Scottish Leaving Certificate Examination, 1955
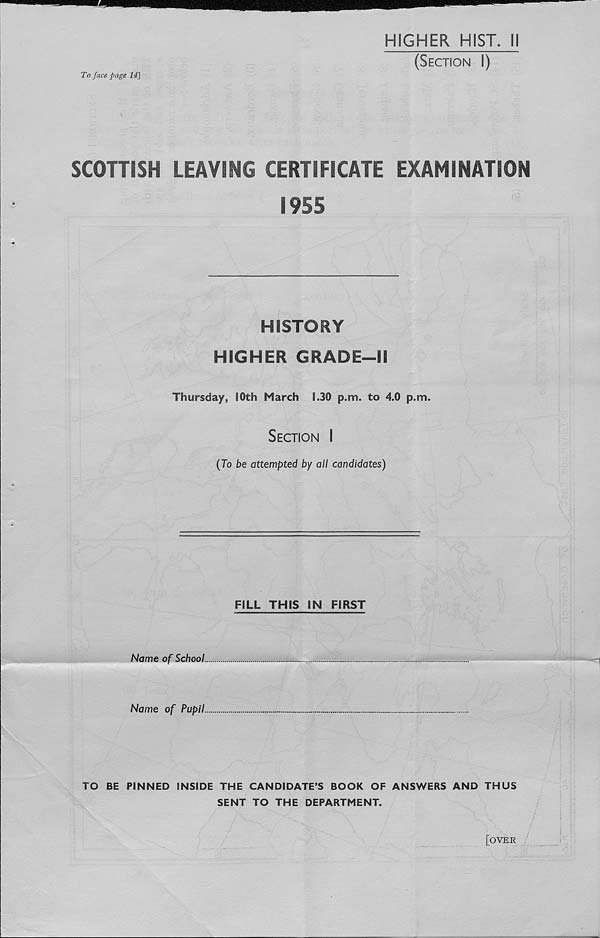
To face page IT]
HIGHER HIST. M
(Section I)
SCOHISH LEAVING CERTIFICATE EXAMINATION
1955
HISTORY
HIGHER GRADE—II
Thursday, IOth March 1.30 p.m. to 4.0 p.m.
Section I
(To be attempted by all candidates)
FILL THIS IN FIRST
Name of School.
Name of Pupil.
TO BE PINNED INSIDE THE CANDIDATE’S BOOK OF ANSWERS AND THUS
SENT TO THE DEPARTMENT.
[OVER